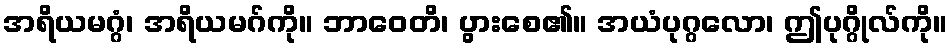
အရိယမဂ္ဂံ၊ အရိယမဂ်ကို။ ဘာဝေတိ၊ ပွားစေ၏။ အယံပုဂ္ဂလော၊ ဤပုဂ္ဂိုလ်ကို။